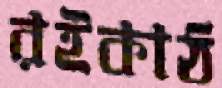
রইকাঠ